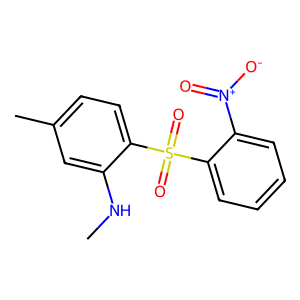
SMILES: CNc1cc(C)ccc1S(=O)(=O)c1ccccc1[N+](=O)[O-]
Inhibits HIV replication: Yes